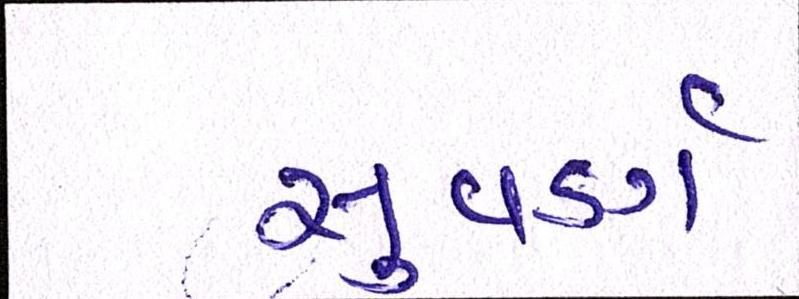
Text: સુવર્ણ